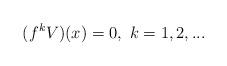
LaTeX: \begin{align*} (f^kV)(x)=0,\,\,k=1,2,...\end{align*}